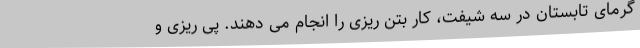
گرمای تابستان در سه شیفت، کار بتن ریزی را انجام می دهند. پی ریزی و